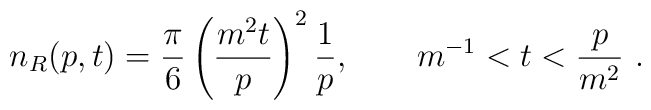
n_R(p,t)=\frac\pi6\left(\frac{m^2t}p\right)^2\frac1p,\qquad m^{-1}<t<\frac p{m^2}\ .